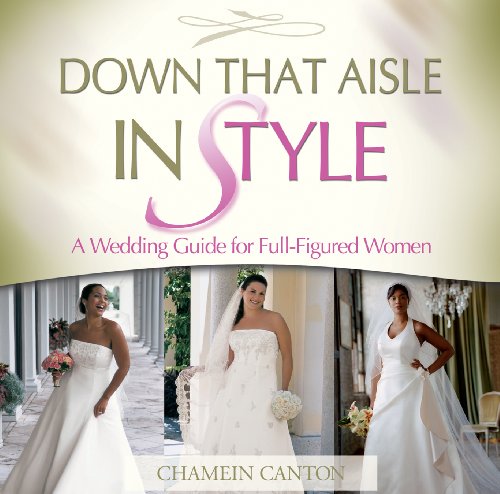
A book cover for Down That Aisle in Style!: A Wedding Guide for the Full-figured Woman; Chamein Canton; Crafts, Hobbies & Home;